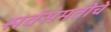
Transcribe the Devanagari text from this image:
सर्वसंमतीचे